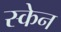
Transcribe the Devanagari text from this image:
स्‍केन